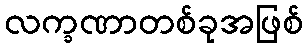
လက္ခဏာတစ်ခုအဖြစ်